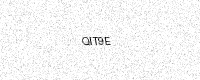
Text: QIT9E